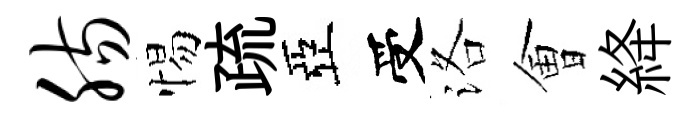
肠惕疏亞受洛㑹絳